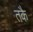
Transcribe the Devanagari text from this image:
तकै